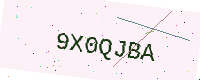
Text: 9X0QJBA